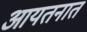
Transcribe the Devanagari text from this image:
आयतनात